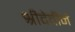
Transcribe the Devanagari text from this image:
श्रीदेवीने